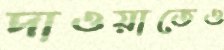
দাওয়াতেও